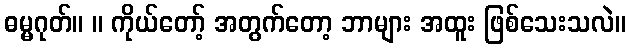
ဓမ္မဂုတ်။ ။ ကိုယ်တော့် အတွက်တော့ ဘာများ အထူး ဖြစ်သေးသလဲ။